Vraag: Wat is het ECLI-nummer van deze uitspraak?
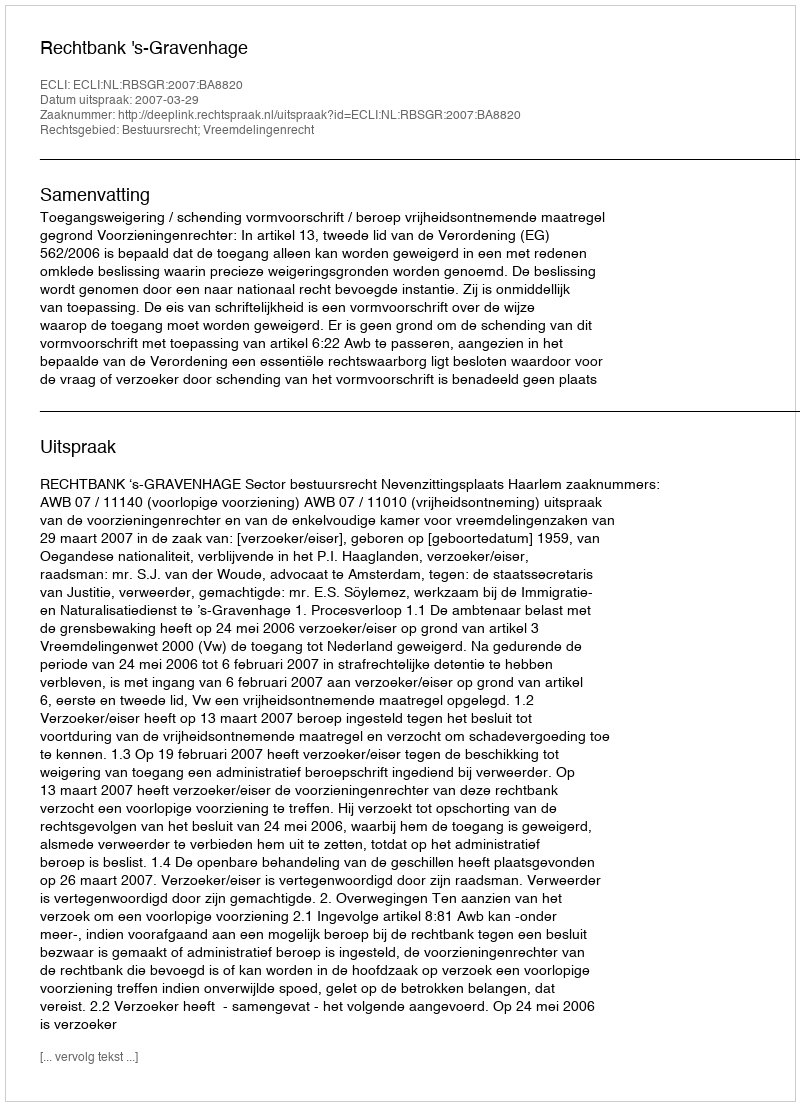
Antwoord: ECLI:NL:RBSGR:2007:BA8820